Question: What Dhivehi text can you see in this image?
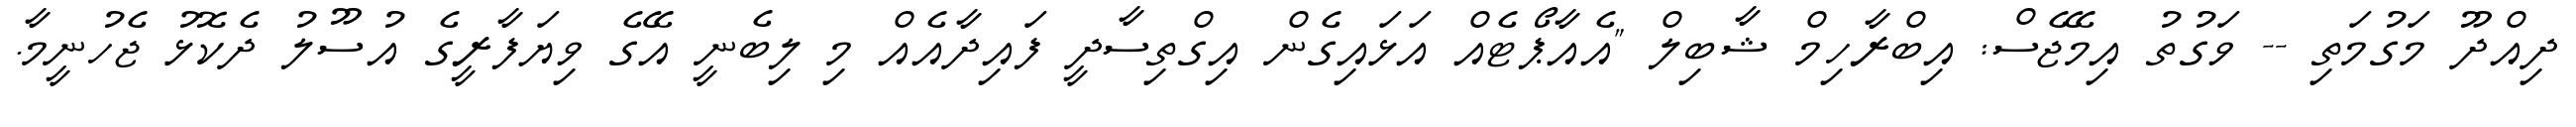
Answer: ދިއްދޫ މަގުމަތި -- ވަގުތު އިމޭޖެސް: އިބްރާހިމް ޝާބިލް "އެއާޕޯޓެއް އަޅައިގެން އިގްތިސާދީ ފައިދާއެއް މި ލިބެނީ އޭގެ ވިޔަފާރީގެ އުސޫލު ދެކޮޅު ޖެހުނީމާ.